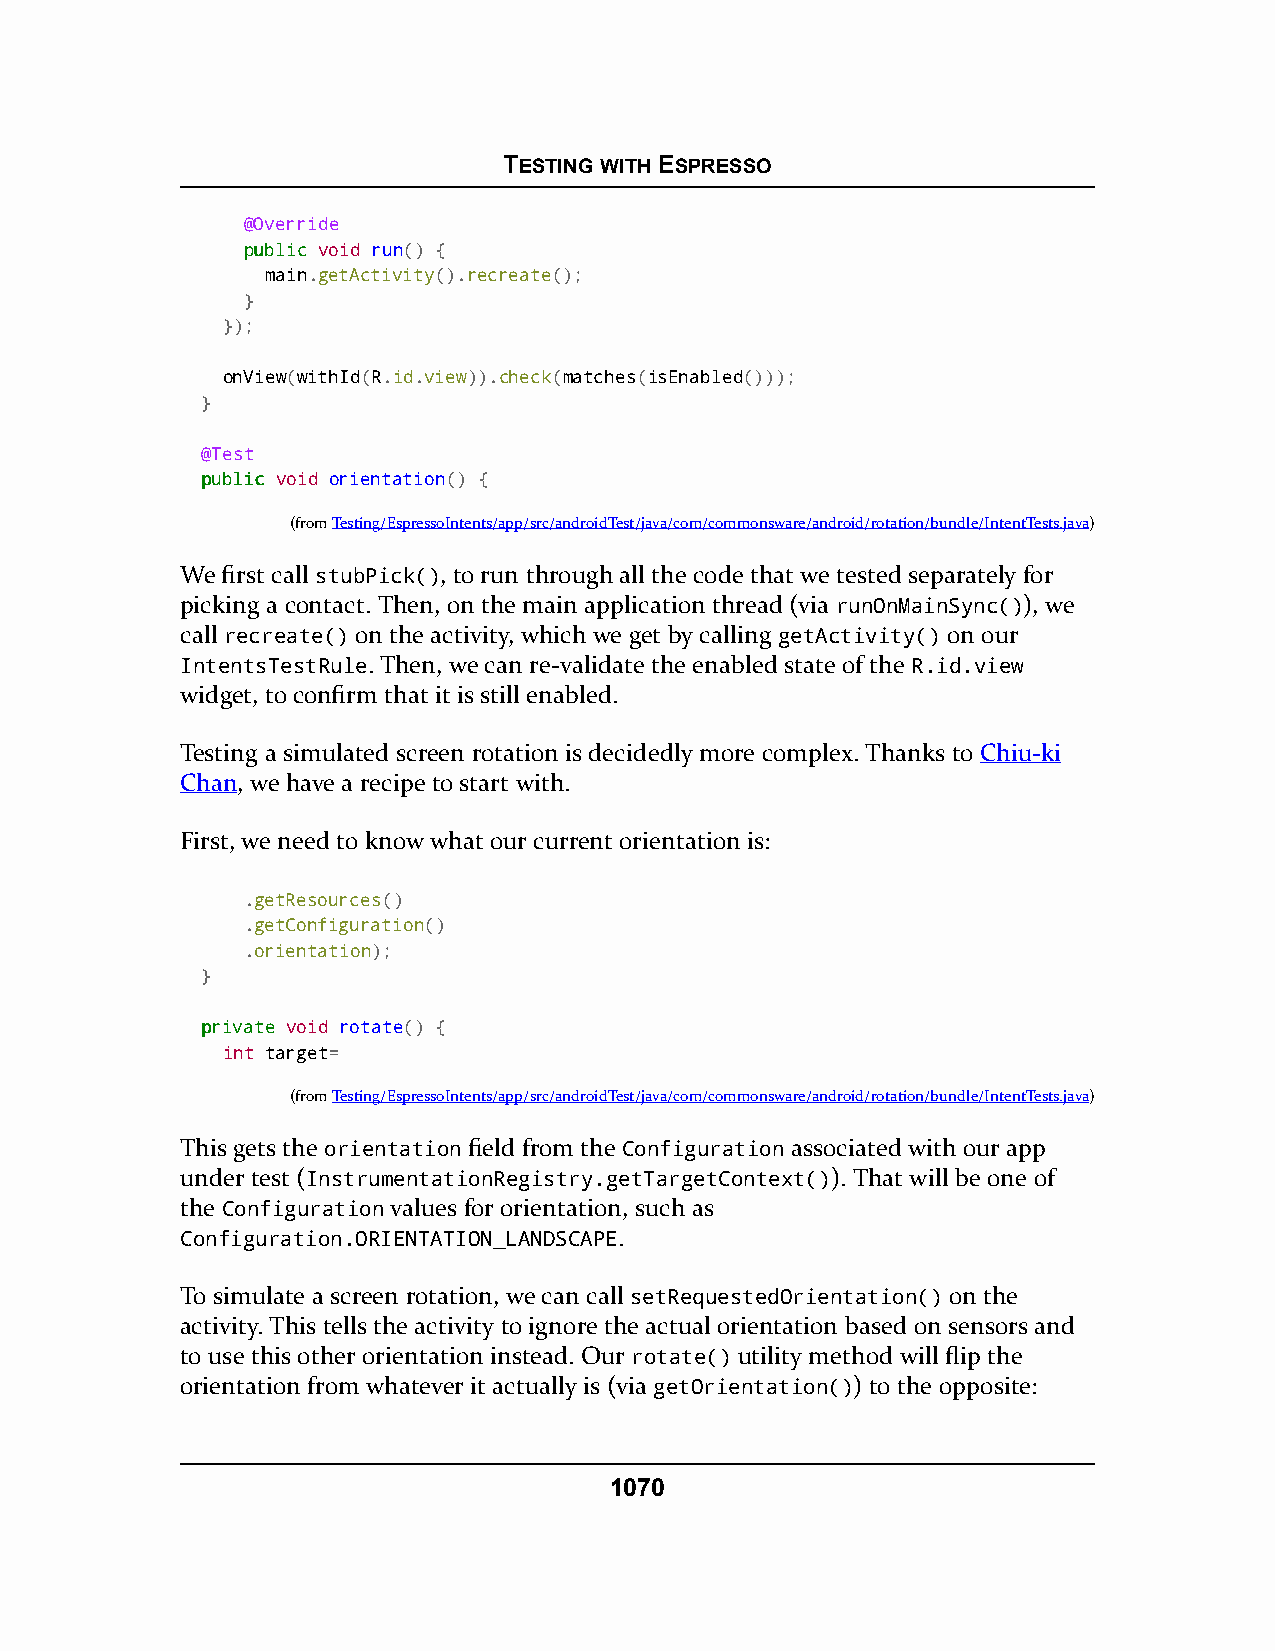
TESTING WITH ESPRESSO
 @Override
 ppuubblliicc void run() {
 main.getActivity().recreate();
 }
 });
 onView(withId(R.id.view)).check(matches(isEnabled()));
 }
 @Test
 ppuubblliicc void orientation() {
 (fromTesting/EspressoIntents/app/src/androidTest/java/com/commonsware/android/rotation/bundle/IntentTests.java)
 We first call stubPick(), to run through all the code that we tested separately for
 picking a contact. Then, on the main application thread (via runOnMainSync()), we
 call recreate() on the activity, which we get by calling getActivity() on our
 IntentsTestRule. Then, we can re-validate the enabled state of the R.id.view
 widget, to confirm that it is still enabled.
 Testing a simulated screen rotation is decidedly more complex. Thanks to Chiu-ki
 Chan, we have a recipe to start with.
 First, we need to know what our current orientation is:
 .getResources()
 .getConfiguration()
 .orientation);
 }
 pprriivvaattee void rotate() {
 int target=
 (fromTesting/EspressoIntents/app/src/androidTest/java/com/commonsware/android/rotation/bundle/IntentTests.java)
 This gets the orientation field from the Configuration associated with our app
 under test (InstrumentationRegistry.getTargetContext()). That will be one of
 the Configuration values for orientation, such as
 Configuration.ORIENTATION_LANDSCAPE.
 To simulate a screen rotation, we can call setRequestedOrientation() on the
 activity. This tells the activity to ignore the actual orientation based on sensors and
 to use this other orientation instead. Our rotate() utility method will flip the
 orientation from whatever it actually is (via getOrientation()) to the opposite:
 1070